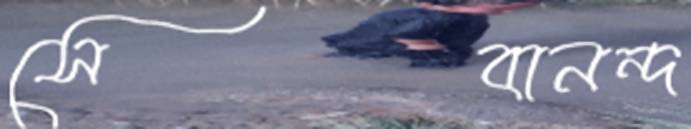
সেবানন্দ